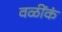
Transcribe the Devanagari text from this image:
वळींकं